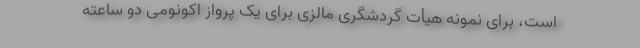
است، برای نمونه هیأت گردشگری مالزی برای یک پرواز اکونومی دو ساعته